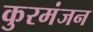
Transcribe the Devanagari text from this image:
कुरमंजन